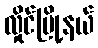
လှိုင်မြို့နယ်